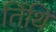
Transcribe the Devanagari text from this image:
तिंथि